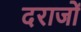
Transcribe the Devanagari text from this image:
दराजों